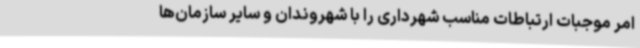
امر موجبات ارتباطات مناسب شهرداری را با شهروندان و سایر سازمان‌ها